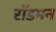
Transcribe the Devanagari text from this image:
रॉडमन